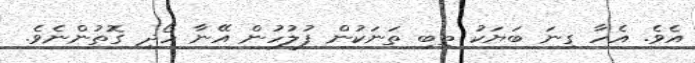
އެވެ. އެހާ ގިނަ ބަޔަކު ތިބި ތަނަކުން ފުލުހުން އޭނާ ހޯދި ގޮތުންނެވެ.